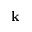
{ \bf k }